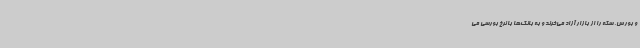
و بورس، سکه را از بازار آزاد می‌خرند و به بانک‌ها با نرخ بورسی می